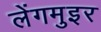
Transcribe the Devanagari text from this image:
लेंगमुइर